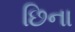
છિના